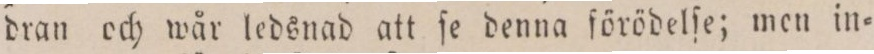
dran och wår ledsnad att ſe denna förödelſe; men in=